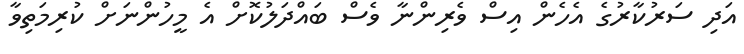
އަދި ސަރުކާރުގެ އެހެން އިސް ވެރިންނާ ވެސް ބައްދަލުކޮށް އެ މީހުންނަށް ކުރިމަތިވާ